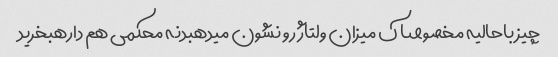
چیز باحالیه مخصوصا ک میزان ولتاژ رو نشون میدهبدنه محکمی هم دارهبخرید